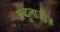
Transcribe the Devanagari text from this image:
अब्दुलाजी़ज़